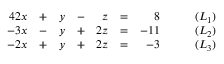
{ \begin{array} { r l r l r l r l } { { 4 } 2 x } & { + } & { y } & { - } & { z } & { = } & { 8 } & { \qquad ( L _ { 1 } ) } \\ { - 3 x } & { - } & { y } & { + } & { 2 z } & { = } & { - 1 1 } & { \qquad ( L _ { 2 } ) } \\ { - 2 x } & { + } & { y } & { + } & { 2 z } & { = } & { - 3 } & { \qquad ( L _ { 3 } ) } \end{array} }